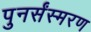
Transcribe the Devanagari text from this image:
पुनर्संस्मरण